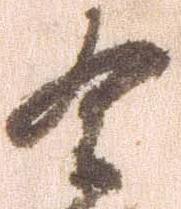
有